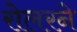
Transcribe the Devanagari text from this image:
रोलरने